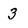
Character: 3